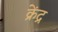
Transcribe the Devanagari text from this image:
क्रेंद्र